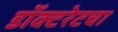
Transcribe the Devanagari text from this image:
डॉक्टरेटचा